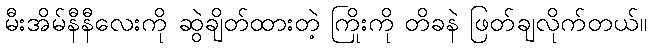
မီးအိမ်နီနီလေးကို ဆွဲချိတ်ထားတဲ့ ကြိုးကို တိခနဲ ဖြတ်ချလိုက်တယ်။